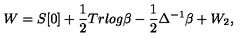
W = S [ 0 ] + \frac { 1 } { 2 } T r l o g \beta - \frac { 1 } { 2 } \Delta ^ { - 1 } \beta + W _ { 2 } ,